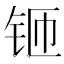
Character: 𫓬